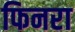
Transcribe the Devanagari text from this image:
फिनरा